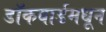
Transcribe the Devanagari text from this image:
डॉकयार्डमधून